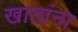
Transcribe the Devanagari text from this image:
खातांना